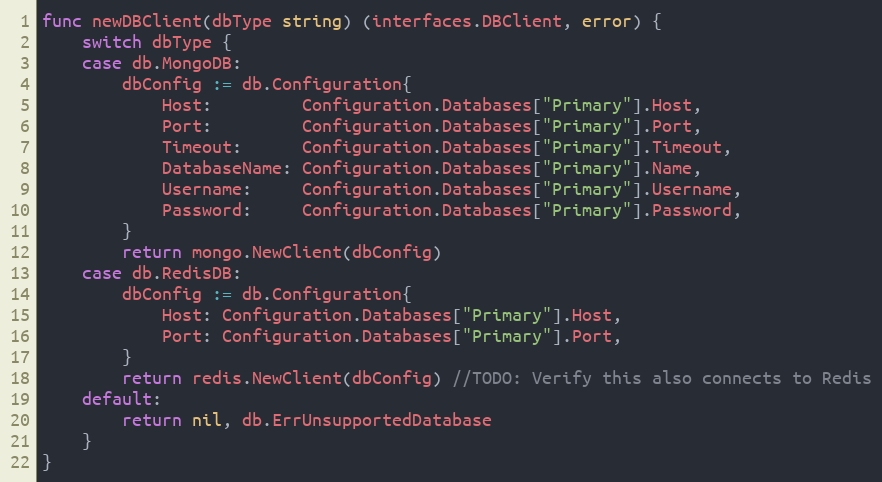
Language: Go
func newDBClient(dbType string) (interfaces.DBClient, error) {
	switch dbType {
	case db.MongoDB:
		dbConfig := db.Configuration{
			Host:         Configuration.Databases["Primary"].Host,
			Port:         Configuration.Databases["Primary"].Port,
			Timeout:      Configuration.Databases["Primary"].Timeout,
			DatabaseName: Configuration.Databases["Primary"].Name,
			Username:     Configuration.Databases["Primary"].Username,
			Password:     Configuration.Databases["Primary"].Password,
		}
		return mongo.NewClient(dbConfig)
	case db.RedisDB:
		dbConfig := db.Configuration{
			Host: Configuration.Databases["Primary"].Host,
			Port: Configuration.Databases["Primary"].Port,
		}
		return redis.NewClient(dbConfig) //TODO: Verify this also connects to Redis
	default:
		return nil, db.ErrUnsupportedDatabase
	}
}